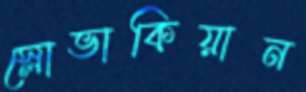
স্লোভাকিয়ান